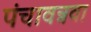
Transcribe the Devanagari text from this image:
पंचावन्नवा